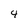
Character: 4